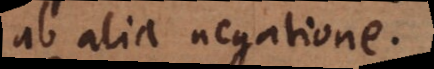
ab alia negatione.